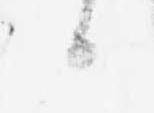
候